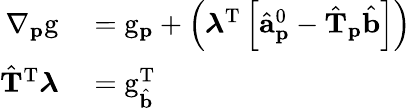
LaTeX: \begin{array}{rl}{\nabla_{\mathbf{p}}\mathrm{g}}&{{}=\mathrm{g}_{\mathbf{p}}+\left(\boldsymbol{\lambda}^{\mathrm{T}}\left[\hat{\mathbf{a}}_{\mathbf{p}}^{0}-\hat{\mathbf{T}}_{\mathbf{p}}\hat{\mathbf{b}}\right]\right)}\\ {\hat{\mathbf{T}}^{\mathrm{T}}\boldsymbol{\lambda}}&{{}=\mathrm{g}_{\hat{\mathbf{b}}}^{\mathrm{T}}}\end{array}